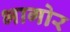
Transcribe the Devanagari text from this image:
भागोर